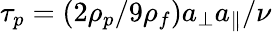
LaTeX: \tau_{p}=({2\rho_{p}}/{9\rho_{f}})a_{\perp}a_{\| }/\nu